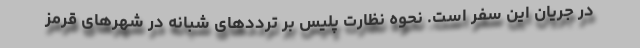
در جریان این سفر است. نحوه نظارت پلیس بر ترددهای شبانه در شهرهای قرمز